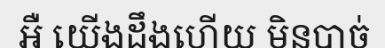
អឺ យើងដឹងហើយ មិនបាច់